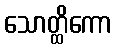
သောတ္ထိကော